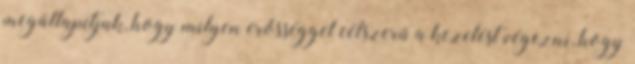
megállapítjuk, hogy milyen erősséggel célszerű a kezelést végezni, hogy